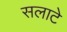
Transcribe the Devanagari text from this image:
सलाटे